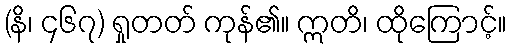
(နိ၊ ၄၆၇) ရှုတတ် ကုန်၏။ ဣတိ၊ ထိုကြောင့်။